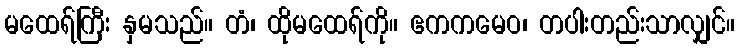
မထေရ်ကြီး နှမသည်။ တံ၊ ထိုမထေရ်ကို။ ဧကကမေဝ၊ တပါးတည်းသာလျှင်။